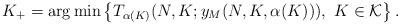
LaTeX: \begin{align*}K_+=\arg \min\left\{T_{\alpha(K)}(N,K;y_M(N,K,\alpha(K))),\ K\in\mathcal{K}\right\}.\end{align*}